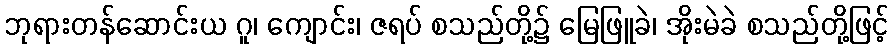
ဘုရားတန်ဆောင်းယ ဂူ၊ ကျောင်း၊ ဇရပ် စသည်တို့၌ မြေဖြူခဲ၊ အိုးမဲခဲ စသည်တို့ဖြင့်